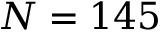
N = 1 4 5